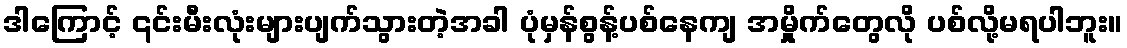
ဒါကြောင့် ၎င်းမီးလုံးများပျက်သွားတဲ့အခါ ပုံမှန်စွန့်ပစ်နေကျ အမှိုုက်တွေလို ပစ်လို့မရပါဘူး။